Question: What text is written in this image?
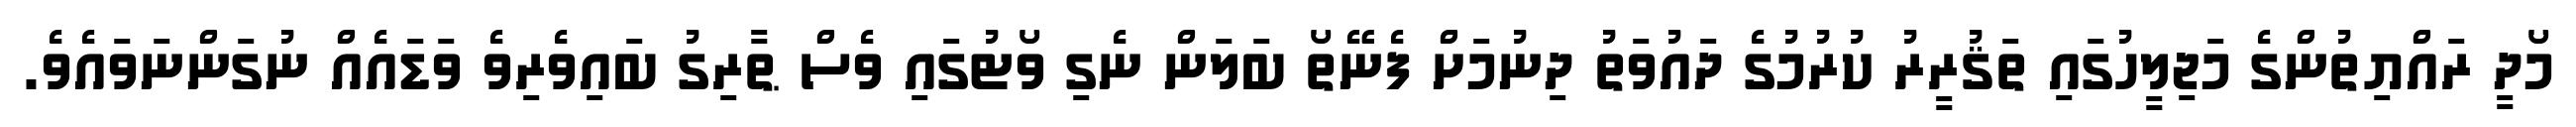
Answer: މޯދީ ރައްޔިތުންގެ މަޖިލީހުގައި ތަޤުރީރު ކުރުމުގެ ދައުވަތު ދިނުމަށް ފެނޭތޯ ބަލަން ނެގި ވޯޓުގައި ވެސް ޠާރިގު ބައިވެރިވެ ވަޑައެއް ނުގަންނަވައެވެ.